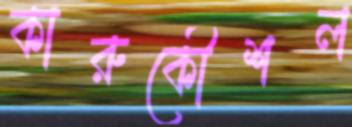
কারুকৌশল